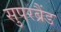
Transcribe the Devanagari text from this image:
सुपरब्रैंड